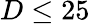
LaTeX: D\leq 25